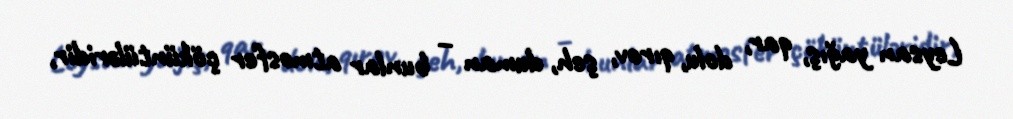
Leysan yağış, qar, dolu, qırov, şeh, duman – bunlar atmosfer çöküntüləridir,